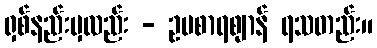
ရှစ်နည်းမှလည်း - ဥပစာရဈာန် ရသတည်း။